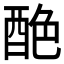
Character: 𨠶